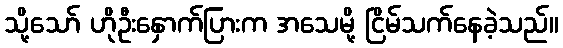
သို့သော် ဟိုဦးနှောက်ပြားက အသေမို့ ငြိမ်သက်နေခဲ့သည်။